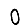
Digit: 0